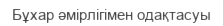
Бұхар әмірлігімен одақтасуы